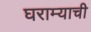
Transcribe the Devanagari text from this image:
घराम्याची